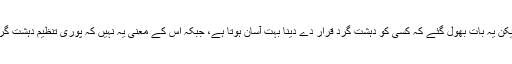
ہماری حکومتوں نے گذشتہ دہائیوں میں تقریبأ ساٹھ ملکی تنظیموں کو دہشت گرد قرار دیاہے، لیکن یہ بات بھول گئے کہ کسی کو دہشت گرد قرار دے دینا بہت آسان ہوتا ہے، جبکہ اس کے معنی یہ نہیں کہ پوری تنظیم دہشت گرد ہے، لیکن جب پوری تنظیم کو دہشت گرد قرار دے دیا جائے تو اکثردہشت گرد بن جاتے ہیں۔